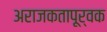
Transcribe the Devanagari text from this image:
अराजकतापूर्वक